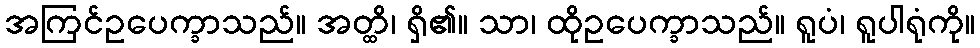
အကြင်ဥပေက္ခာသည်။ အတ္ထိ၊ ရှိ၏။ သာ၊ ထိုဥပေက္ခာသည်။ ရူပံ၊ ရူပါရုံကို။